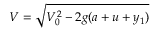
V = \sqrt { V _ { 0 } ^ { 2 } - 2 g ( a + u + y _ { 1 } ) }